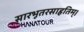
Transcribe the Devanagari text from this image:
सारभूतरसाहृतिम्।